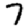
Digit: 7